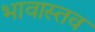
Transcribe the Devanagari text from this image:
भावास्तव